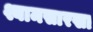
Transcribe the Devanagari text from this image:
श्यामसारखा